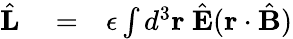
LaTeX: \begin{array}{rlr}{\hat{\mathbf L}}&{{}=}&{\epsilon\int d^{3}{\mathbf r}\ \hat{\mathbf E}({\mathbf r}\cdot\hat{\mathbf B})}\end{array}